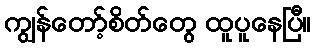
ကျွန်တော့်စိတ်တွေ ထူပူနေပြီ။